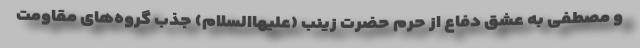
و مصطفی به عشق دفاع از حرم حضرت زینب (علیهاالسلام) جذب گروه‌های مقاومت